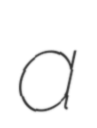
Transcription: a